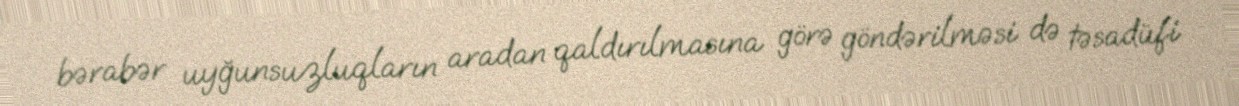
bərabər uyğunsuzluqların aradan qaldırılmasına görə göndərilməsi də təsadüfi